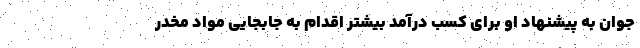
جوان به پیشنهاد او برای کسب درآمد بیشتر اقدام به جابجایی مواد مخدر